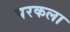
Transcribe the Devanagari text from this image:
परकला